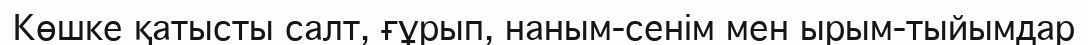
Көшке қатысты салт, ғұрып, наным-сенім мен ырым-тыйымдар